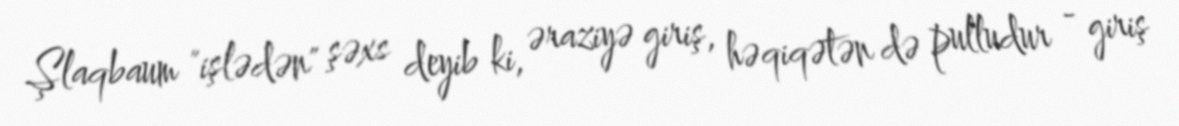
Şlaqbaum "işlədən" şəxs deyib ki, əraziyə giriş, həqiqətən də pulludur - giriş